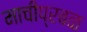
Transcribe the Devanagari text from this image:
माचीप्रबळ